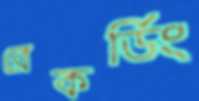
রেকর্ডিং